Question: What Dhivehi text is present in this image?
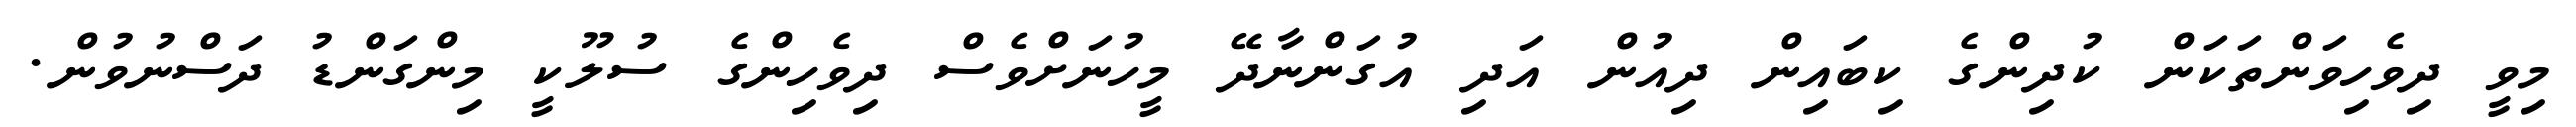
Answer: މިވީ ދިވެހިވަންތަކަން ކުދިންގެ ކިބައިން ދިއުން އަދި އުގަންނާދޭ މީހުނަށްވެސް ދިވެހިންގެ ސުލޫކީ މިންގަންޑު ދަސްނުވުން.